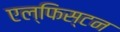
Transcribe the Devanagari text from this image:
एल्फिस्टन